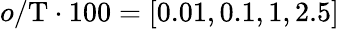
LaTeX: o/\mathrm{T}\cdot 100=[0.01,0.1,1,2.5]